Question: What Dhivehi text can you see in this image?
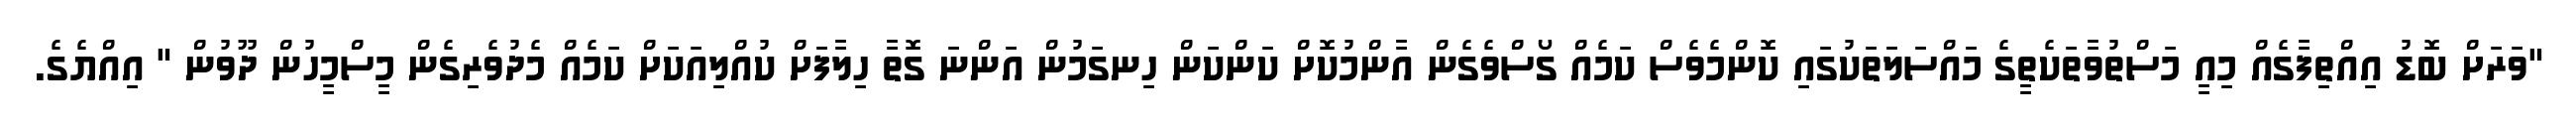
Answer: "ވަރަށް ބޮޑު އިއްތިފާގެއް މިއީ މަސްތުވާތަކެތީގެ މައްސަލަތަކުގައި ކޮންމެވެސް ކަމެއް ގޯސްވެގެން އާންމުކޮށް ކަންކަން ހިނގަމުން އަންނަ ގޮތާ ހިލާފަށް ކުއްލިއަކަށް ކަމެއް މެދުވެރިގެން މީސްމީހުން ދޫވުން " އިއްޔެގެ.